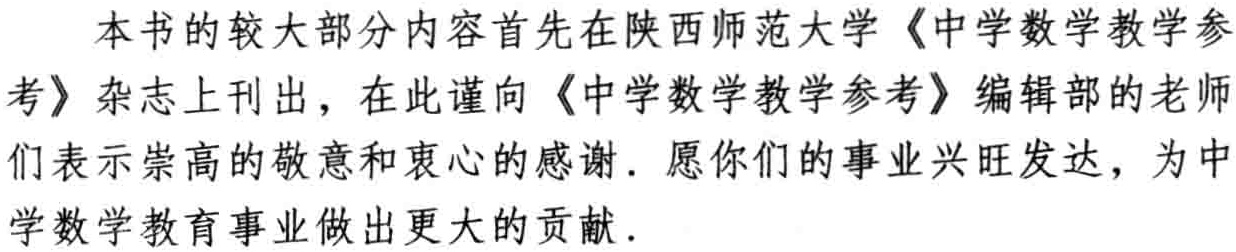
本书的较大部分内容首先在陕西师范大学《中学数学教学参考》杂志上刊出，在此谨向《中学数学教学参考》编辑部的老师们表示崇高的敬意和衷心的感谢. 愿你们的事业兴旺发达，为中学数学教育事业做出更大的贡献.